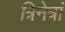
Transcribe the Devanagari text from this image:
त्रिनेत्रां